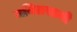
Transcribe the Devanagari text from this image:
मयिलसामी